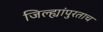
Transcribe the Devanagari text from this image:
जिल्ह्यांपुरताच